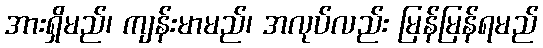
အားရှိမည်၊ ကျန်းမာမည်၊ အလုပ်လည်း မြန်မြန်ရမည်